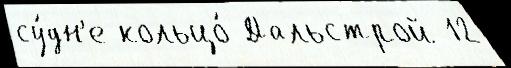
су́дн'е кольцо́ Дальстрой 12